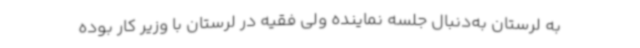
به لرستان به‌دنبال جلسه نماینده ولی فقیه در لرستان با وزیر کار بوده